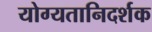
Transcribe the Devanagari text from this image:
योग्यतानिदर्शक